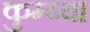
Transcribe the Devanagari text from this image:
कुम्ब्या